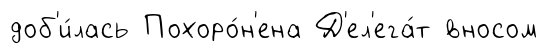
доб'и́лась Похоро́н'ена Д'ел'ега́т вносом